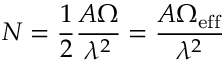
N = \frac { 1 } { 2 } \frac { A \Omega } { \lambda ^ { 2 } } = \frac { A \Omega _ { \mathrm { e f f } } } { \lambda ^ { 2 } }